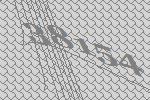
38154